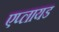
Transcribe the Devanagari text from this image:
एप्लायड